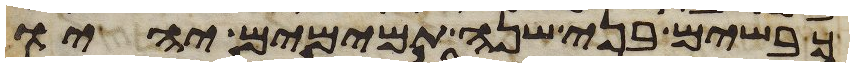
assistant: כבשים בני שנה תמימם יהיו